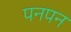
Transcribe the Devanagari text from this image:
पनपन